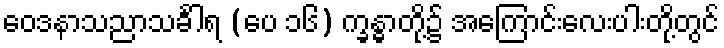
ဝေဒနာသညာသင်္ခါရ (ပေ ၁၆) က္ခန္ဓာတို့၌ အကြောင်းလေးပါးတို့တွင်